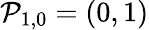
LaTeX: \mathcal{P}_{1,0}=(0,1)